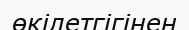
өкілетгігінен